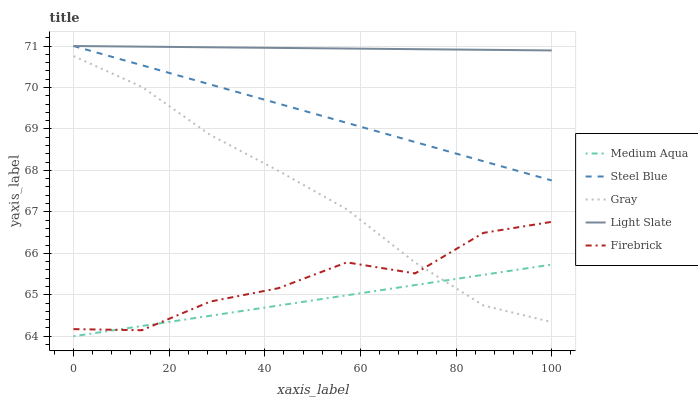
| xaxis_label | Medium Aqua | Steel Blue | Gray | Light Slate | Firebrick |
 | --- | --- | --- | --- | --- | --- |
 | 0 | 64 | 71 | 70.8 | 71 | 64.2 |
 | 14.3 | 64.2 | 70.5 | 70 | 71 | 64.1 |
 | 28.6 | 64.5 | 70.1 | 68.9 | 71 | 64.8 |
 | 42.9 | 64.7 | 69.6 | 68 | 71 | 65.2 |
 | 57.1 | 65 | 69.1 | 67.1 | 70.9 | 65.8 |
 | 71.4 | 65.2 | 68.7 | 65.8 | 70.9 | 65.5 |
 | 85.7 | 65.5 | 68.2 | 64.7 | 70.9 | 66.5 |
 | 100 | 65.7 | 67.8 | 64.3 | 70.9 | 66.8 |